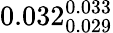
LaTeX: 0.032_{0.029}^{0.033}